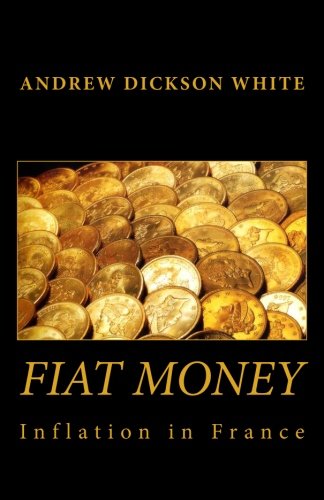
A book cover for Fiat Money Inflation in France: How It Came, What It Brought, and How It Ended; Andrew Dickson White; Business & Money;